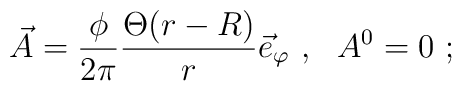
\vec{A}=\frac{\phi}{2\pi}\frac{\Theta(r-R)}{r}\vec{e}_\varphi\ , \ \ A^0=0\ ;